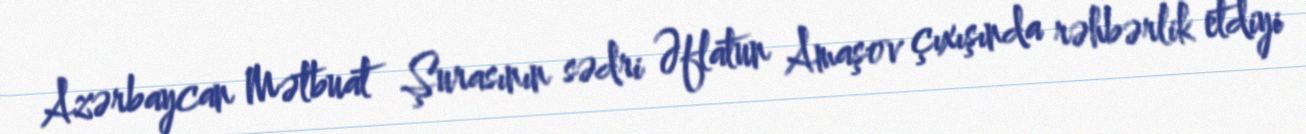
Azərbaycan Mətbuat Şurasının sədri Əflatun Amaşov çıxışında rəhbərlik etdiyi